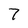
Character: 7